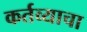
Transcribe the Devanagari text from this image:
कर्तव्याचा